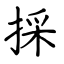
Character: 採